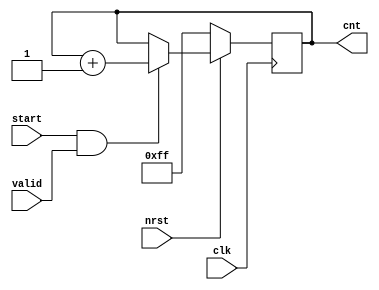
module counter
(
    input   nrst, clk, start, valid,
    output  reg [7:0]  cnt
);

always @(posedge clk) begin
    if(!nrst)
        cnt <= 8'b11111111;   // == 63 in decade
    else if (start && valid)
        cnt <= cnt + 1;
    else
        cnt <= cnt;
end

endmodule

// refer to 64-pt R2SDF FFT code